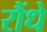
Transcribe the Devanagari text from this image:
रौंधे